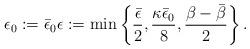
LaTeX: \begin{align*} \epsilon_{0} := \bar{\epsilon}_{0} \epsilon := \min\left\{\frac{\bar{\epsilon}}{2},\frac{\kappa \bar{\epsilon}_{0}}{8},\frac{\beta - \bar{\beta}}{2} \right\}. \end{align*}